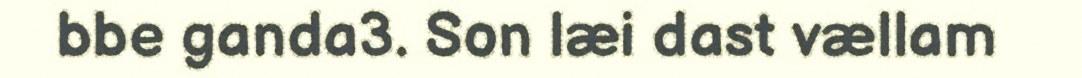
bbe ganda3. Son læi dast vællam